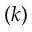
( k )